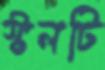
স্টলটি